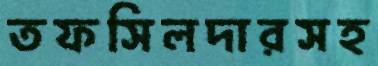
তফসিলদারসহ